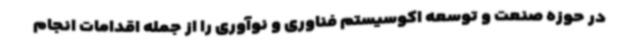
در حوزه صنعت و توسعه اکوسیستم فناوری و نوآوری را از جمله اقدامات انجام